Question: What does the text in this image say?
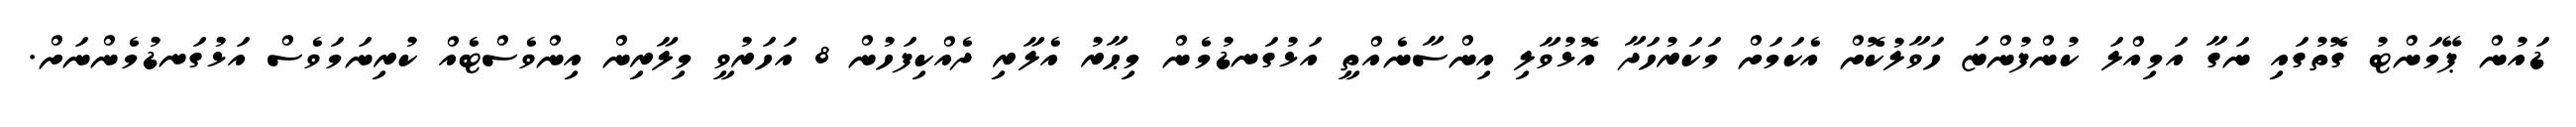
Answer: ޑައުން ޕޭމަންޓު ގޮތުގައި ނަގާ އަމިއްލަ ކުންފުންޏަ ހަވާލުކޮށް އެކަމަށް މަކަރުހަދާ އޮޅުވާލި އިންސާނެއްތީ އަޅުގަނޑުމެން މިޙާރު އެލާރި ދެއްކިފަހުން 8 އަހަރުވީ މިލާރިން އިންވެސްޓެއް ކުރިނަމަވެސް އަޅުގަނޑުމެންނަށް.